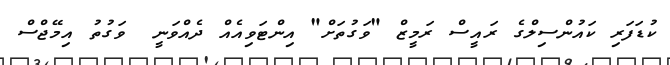
ކުޑަފަރި ކައުންސިލްގެ ރައީސް ރަމީޒް "ވަގުތަށް" އިންޓަވިއެއް ދެއްވަނީ  ވަގުތު އިމޭޖްސް